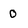
Character: 0